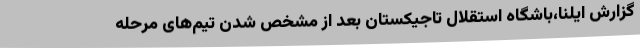
گزارش ایلنا،باشگاه استقلال تاجیکستان بعد از مشخص شدن تیم‌های مرحله